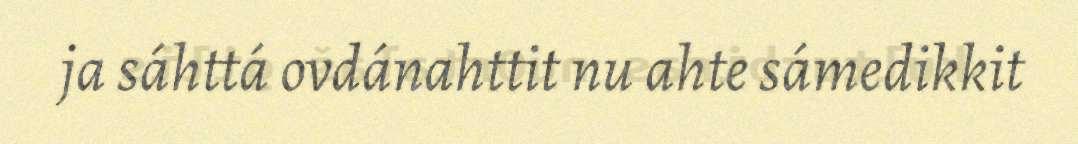
ja sáhttá ovdánahttit nu ahte sámedikkit